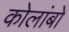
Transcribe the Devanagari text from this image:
कोलांबो